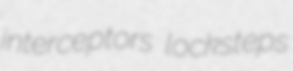
interceptors locksteps